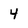
Character: 4